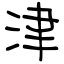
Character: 津